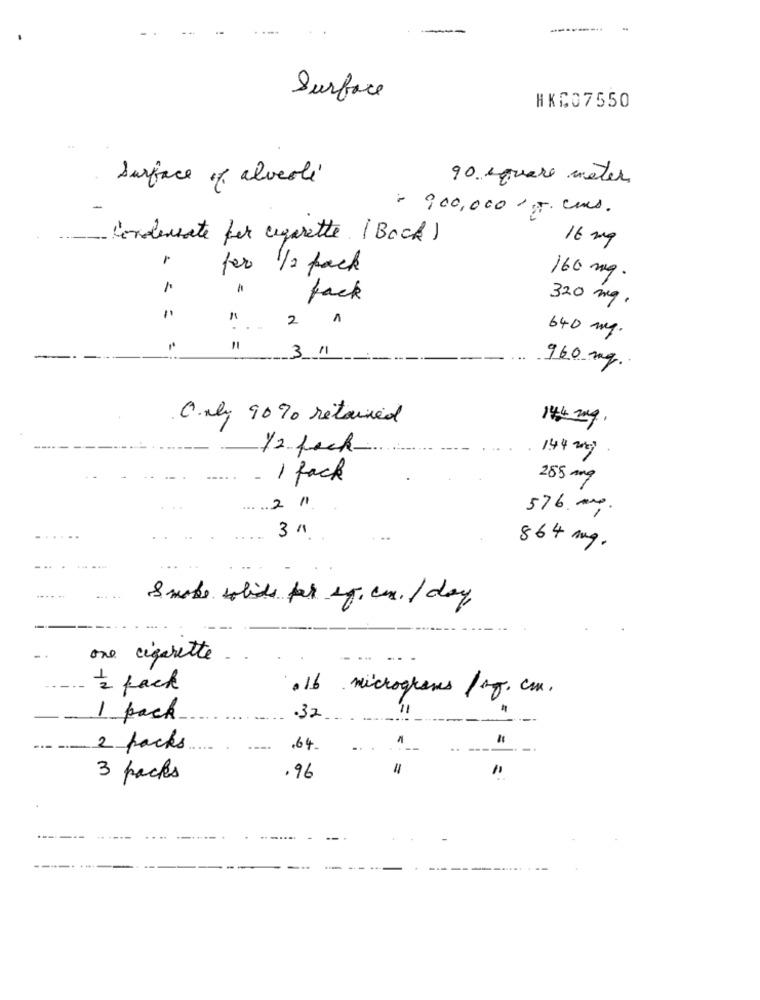
Surface
HKC07550
Surface of alveoli
90. equare meter
+ 900,000- 55. uns.
Condensate for cigarette (Back)
16 mg
for 1/2 pack
160 mg.
tack
320 mg.
= .
21
640 mg.
3 1
960 mg ..
Carly 90% retained
14.4 mg.
1/2 peck
144 20'
- 1 fack
285 mg
.. 2 "
576.00g
3"
864 mg.
Smoke solids for y. com. / day
one cigarette
12 pack
. 16 micrograms /kg. cm.
1 pack
.32
=
2 packs
.64.
3 packs
.96